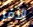
الأمر